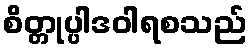
စိတ္တုပ္ပါဒဝါရစသည်